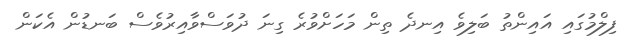
ފިލްމުގައި އައިންތު ބަލިވެ އިނދެ ތިން މަހަށްވުރެ ގިނަ ދުވަސްވާއިރުވެސް ބަނޑުން އެކަން